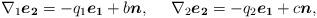
LaTeX: \begin{align*} \nabla_{1}\boldsymbol{e_{2}}=-q_{1}\boldsymbol{e_{1}}+b\boldsymbol{n},\ \ \ \ \nabla_{2}\boldsymbol{e_{2}}=-q_{2}\boldsymbol{e_{1}}+c\boldsymbol{n},\end{align*}